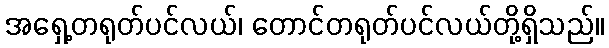
အရှေ့တရုတ်ပင်လယ်၊ တောင်တရုတ်ပင်လယ်တို့ရှိသည်။